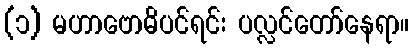
(၁) မဟာဗောဓိပင်ရင်း ပလ္လင်တော်နေရာ။